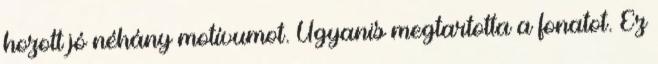
hozott jó néhány motívumot. Ugyanis megtartotta a fonatot. Ez